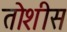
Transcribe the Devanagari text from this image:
तोशीस